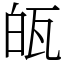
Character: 㼟